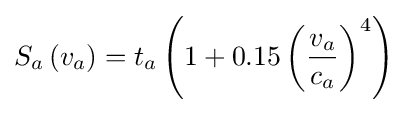
S_{a}\left({v_{a}}\right)=t_{a}\left({1+0.15\left({\frac {v_{a}}{c_{a}}}\right)^{4}}\right)